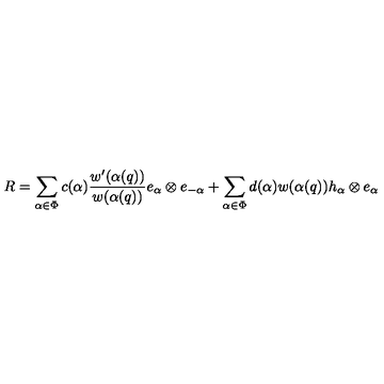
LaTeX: R = \sum _ { \alpha \in \Phi } c ( \alpha ) \frac { w ^ { \prime } ( \alpha ( q ) ) } { w ( \alpha ( q ) ) } e _ { \alpha } \otimes e _ { - \alpha } + \sum _ { \alpha \in \Phi } d ( \alpha ) w ( \alpha ( q ) ) h _ { \alpha } \otimes e _ { \alpha }